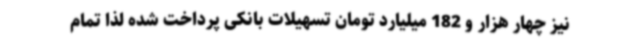
نیز چهار هزار و 182 میلیارد تومان تسهیلات بانکی پرداخت شده لذا تمام